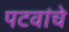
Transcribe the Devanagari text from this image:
पटवांचे